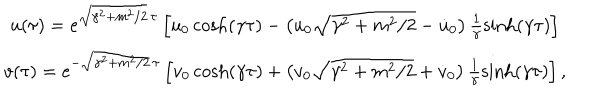
\begin{array} { c } { { u ( \tau ) = e ^ { \sqrt { \gamma ^ { 2 } + m ^ { 2 } / 2 } \, \tau } \left[ u _ { 0 } \cosh ( \gamma \tau ) - \left( u _ { 0 } \sqrt { \gamma ^ { 2 } + m ^ { 2 } / 2 } - \dot { u } _ { 0 } \right) \frac 1 \gamma \sinh ( \gamma \tau ) \right] } } \\ { { v ( \tau ) = e ^ { - \sqrt { \gamma ^ { 2 } + m ^ { 2 } / 2 } \, \tau } \left[ v _ { 0 } \cosh ( \gamma \tau ) + \left( v _ { 0 } \sqrt { \gamma ^ { 2 } + m ^ { 2 } / 2 } + \dot { v } _ { 0 } \right) \frac 1 \gamma \sinh ( \gamma \tau ) \right] , } } \\ \end{array}